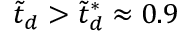
\tilde { t } _ { d } > \tilde { t } _ { d } ^ { * } \approx 0 . 9